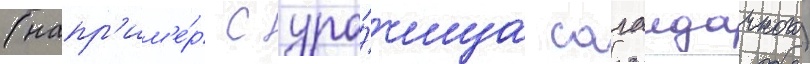
(напр'им'е́р с уро́чища сагаидачного)